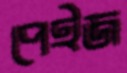
পেইজ